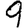
Digit: 9